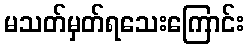
မသတ်မှတ်ရသေးကြောင်း